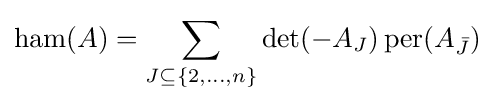
\operatorname {ham} (A)=\sum _{J\subseteq \{2,\dots ,n\}}\det(-A_{J})\operatorname {per} (A_{\bar {J}})